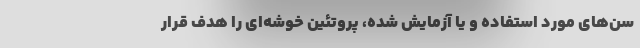
سن‌های مورد استفاده و یا آزمایش شده، پروتئین خوشه‌ای را هدف قرار